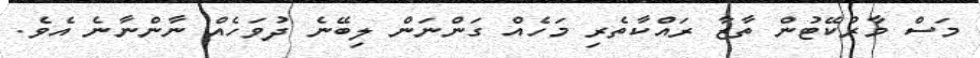
މަސް މާރުކޭޓުން ތާޒާ ރައްކާތެރި މަހެއް ގަންނަން ލިބޭނެ ދުވަހެއް ނާންނާނެ އެވެ.